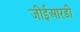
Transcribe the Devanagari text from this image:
जीईआरडी